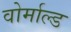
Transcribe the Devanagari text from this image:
वोर्माल्ड